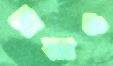
টায়াও